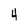
Character: 4